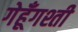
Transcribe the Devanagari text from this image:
गेहूँगश्ती